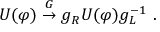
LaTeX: U ( \varphi ) \stackrel { G } { \to } g _ { R } U ( \varphi ) g _ { L } ^ { - 1 } ~ .